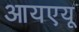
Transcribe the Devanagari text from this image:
आयएयू